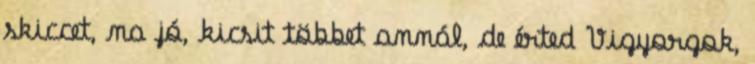
skiccet, na jó, kicsit többet annál, de érted Vigyorgok,